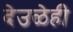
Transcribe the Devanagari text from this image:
देउळेही